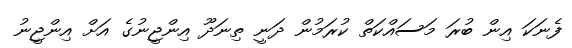
ފެނަކަ އިން ބުރަ މަސައްކަތް ކުރަމުން ދަނީ ތިނަދޫ އިންޖީނުގެ އަށް އިންޖީނު